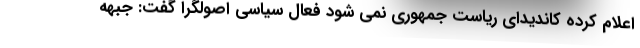
اعلام کرده کاندیدای ریاست جمهوری نمی شود فعال سیاسی اصولگرا گفت: جبهه